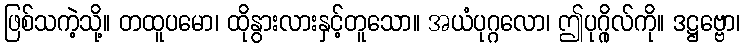
ဖြစ်သကဲ့သို့။ တထူပမော၊ ထိုနွားလားနှင့်တူသော။ အယံပုဂ္ဂလော၊ ဤပုဂ္ဂိုလ်ကို။ ဒဋ္ဌဗ္ဗော၊